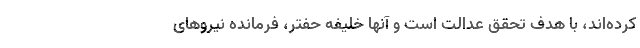
کرده‌اند، با هدف تحقق عدالت است و آنها خلیفه حفتر، فرمانده نیروهای